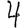
Digit: 4